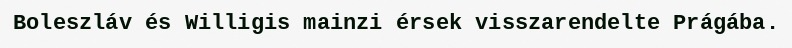
Boleszláv és Willigis mainzi érsek visszarendelte Prágába.